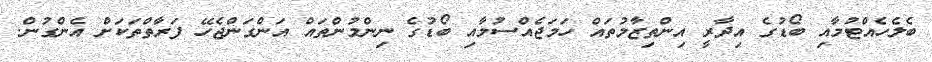
ބެލެހެއްޓުމާއި ބޯޑުގެ އިދާރީ އިންތިޒާމުތައް ހަމަޖެއްސުމާއި ބޯޑުގެ ނިންމުންތައް އަންގަންޖެހޭ ފަރާތްތަކަށް އެންގުން.